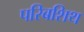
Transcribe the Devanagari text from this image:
परिबशिथ